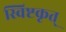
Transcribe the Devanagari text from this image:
स्विष्टकृत्